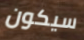
سيكون